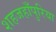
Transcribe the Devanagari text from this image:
शहजहाँपुरिया